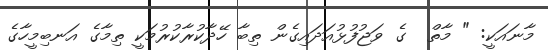
މާނައަކީ: " މާތް  ގެ ވަޖުފުޅުއަދައިގެން ތިބާ ހޭދާކުރާކުރުމަކީ ތިމާގެ އަނބިމީހާގެ